Annual report of the Punjab Veterinary College and of the Civil Veterinary Department, Punjab - 1894-1908
Year: 1894
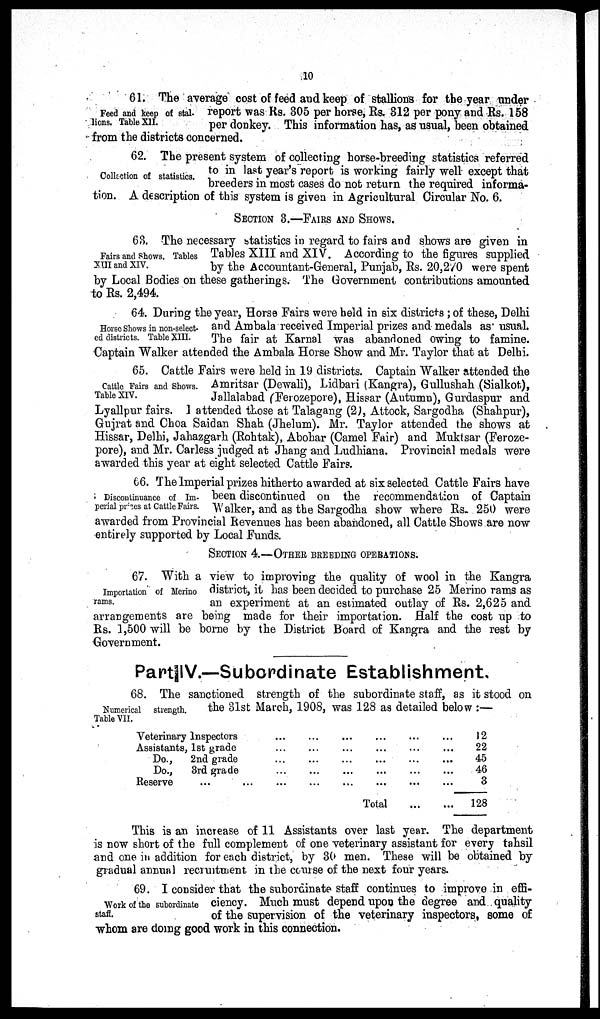
10
Feed and keep of stal-
lions. Table XII.
61. The average cost of feed and keep of stallions for the year trader
report was Rs. 305 per horse, Rs. 312 per pony and Rs. 158
per donkey. This information has, as usual, been obtained
from the districts concerned.
Collection of statistics.
62. The present system of collecting horse-breeding statistics referred
to in last year's report is working fairly well except that
breeders in most cases do not return the required informa-
tion. A description of this system is given in Agricultural Circular No. 6.
SECTION 3.—FAIRS AND SHOWS.
Fairs and Shows. Tables
XIII and XIV.
63. The necessary statistics in regard to fairs and shows are given in
Tables XIII and XIV. According to the figures supplied
by the Accountant-General, Punjab, Rs. 20,270 were spent
by Local Bodies on these gatherings. The Government contributions amounted
to Rs. 2,494.
Horse Shows in non-select-
ed districts. Table XIII.
64. During the year, Horse Fairs were held in six districts; of these, Delhi
and Ambala received Imperial prizes and medals as usual.
The fair at Karnal was abandoned owing to famine.
Captain Walker attended the Ambala Horse Show and Mr. Taylor that at Delhi.
Cattle Fairs and Shows.
Table XIV.
65. Cattle Fairs were held in 19 districts. Captain Walker attended the
Amritsar (Dewali), Lidbari (Kangra), Gullushah (Sialkot),
Jallalabad (Ferozepore), Hissar (Autumn), Gurdaspur and
Lyallpur fairs. I attended those at Talagang (2), Attock, Sargodha (Shahpur),
Gujrat and Choa Saidan Shah (Jhelum). Mr. Taylor attended the shows at
Hissar, Delhi, Jahazgarh (Rohtak), Abohar (Camel Fair) and Muktsar (Feroze-
pore), and Mr. Carless judged at Jhang and Ludhiana. Provincial medals were
awarded this year at eight selected Cattle Fairs.
Discontinuance of Im-
perial prizes at Cattle Fairs.
66. The Imperial prizes hitherto awarded at six selected Cattle Fairs have
been discontinued on the recommendation of Captain
Walker, and as the Sargodha show where Rs. 250 were
awarded from Provincial Revenues has been abandoned, all Cattle Shows are now
entirely supported by Local Funds.
SECTION 4.—OTHER BREEDING OPERATIONS.
Importation of Merino
rams.
67. With a view to improving the quality of wool in the Kangra
district, it has been decided to purchase 25 Merino rams as
an experiment at an estimated outlay of Rs. 2,625 and
arrangements are being made for their importation. Half the cost up to
Rs. 1,500 will be borne by the District Board of Kangra and the rest by
Government.
Part IV.—Subordinate Establishment.
Numerical strength.
Table VII.
68. The sanctioned strength of the subordinate staff, as it stood on
the 31st March, 1908, was 128 as detailed below:—
Veterinary Inspectors
Assistants, 1st grade
Do.,
2nd grade
Do.,
3rd grade
Reserve ...
...
...
...
...
...
...
...
...
...
...
...
...
...
...
...
Total
...
...
...
...
...
...
...
...
...
...
...
...
12
22
45
46
3
128
This is an increase of 11 Assistants over last year. The department
is now short of the full complement of one veterinary assistant for every tahsil
and one in addition for each district, by 30 men. These will be obtained by
gradual annual recruitment in the course of the next four years.
Work of the subordinate
staff.
69. I consider that the subordinate staff continues to improve in effi-
ciency. Much must depend upon the degree and quality
of the supervision of the veterinary inspectors, some of
whom are doing good work in this connection.